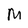
Character: M